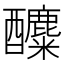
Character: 𨣿